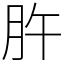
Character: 㬳